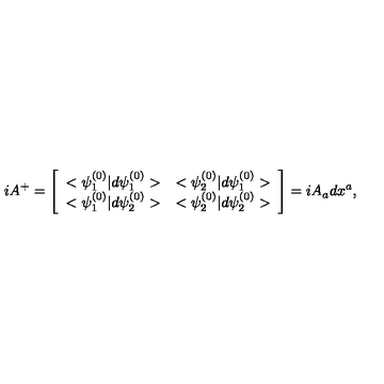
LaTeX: i A ^ { + } = \left[ \begin{array} { l l } { < \psi _ { 1 } ^ { ( 0 ) } | d \psi _ { 1 } ^ { ( 0 ) } > } & { < \psi _ { 2 } ^ { ( 0 ) } | d \psi _ { 1 } ^ { ( 0 ) } > } \\ { < \psi _ { 1 } ^ { ( 0 ) } | d \psi _ { 2 } ^ { ( 0 ) } > } & { < \psi _ { 2 } ^ { ( 0 ) } | d \psi _ { 2 } ^ { ( 0 ) } > } \\ \end{array} \right] = i A _ { a } d x ^ { a } ,